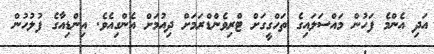
އަދި އެންމެ ފަހުން މައްސަލައިގެ ތަހްގީގަށް ޓްރިވެންޑްރަމަށް ދިއުމަށް އެންގިއެވެ. އިންޑިއާގެ ފުލުހުން